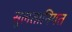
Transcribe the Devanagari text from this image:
सुलतानियत